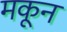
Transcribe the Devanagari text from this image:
मकून